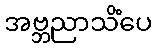
အဗ္ဘညာသိံပေ